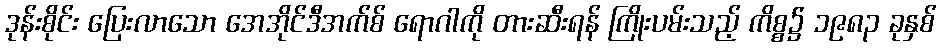
ဒုန်းစိုင်း ပြေးလာသော အေအိုင်ဒီအက်စ် ရောဂါကို တားဆီးရန် ကြိုးပမ်းသည့် ကိစ္စ၌ ၁၉၈၃ ခုနှစ်